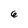
Character: 6